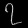
Digit: ၇